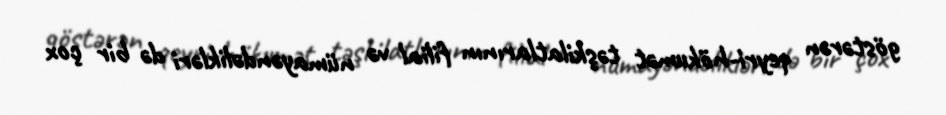
göstərən qeyri-hökumət təşkilatlarının filial və nümayəndəlikləri də bir çox